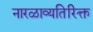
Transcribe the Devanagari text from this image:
नारळाव्यतिरिक्त